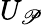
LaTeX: U_{\mathscr{P}}